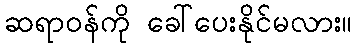
ဆရာဝန်ကို ခေါ်ပေးနိုင်မလား။